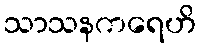
သာသနကရေဟိ